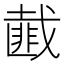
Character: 𢨆